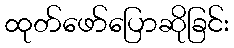
ထုတ်ဖော်ပြောဆိုခြင်း